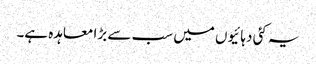
یہ کئی دہائیوں میں سب سے بڑا معاہدہ ہے۔